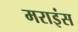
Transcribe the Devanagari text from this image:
मराइंस